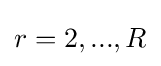
r=2,...,R